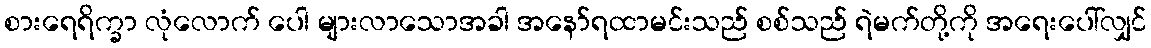
စားရေရိက္ခာ လုံလောက် ပေါ များလာသောအခါ အနော်ရထာမင်းသည် စစ်သည် ရဲမက်တို့ကို အရေးပေါ်လျှင်